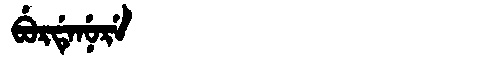
Manchu: ᠪᡠᡵᡩᡝᠨᡠᡵᡝ
Romanization: BURDENURE